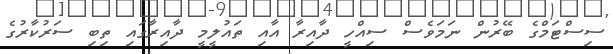
ސިސްޓަމްގެ ބޭރުން ނަމަވެސް ސިއްހީ ދާއިރާ އާއި ތައުލީމީ ދާއިރާގައި ތިބި ސަރުކާރުގެ